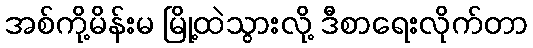
အစ်ကို့မိန်းမ မြို့ထဲသွားလို့ ဒီစာရေးလိုက်တာ